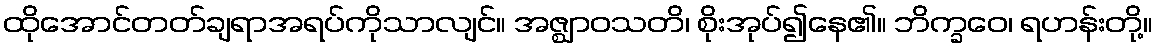
ထိုအောင်တတ်ချရာအရပ်ကိုသာလျင်။ အဇ္ဈာဝသတိ၊ စိုးအုပ်၍နေ၏။ ဘိက္ခဝေ၊ ရဟန်းတို့။